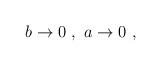
LaTeX: \begin{align*}b \rightarrow 0 \ , \ a \rightarrow 0 \ ,\end{align*}